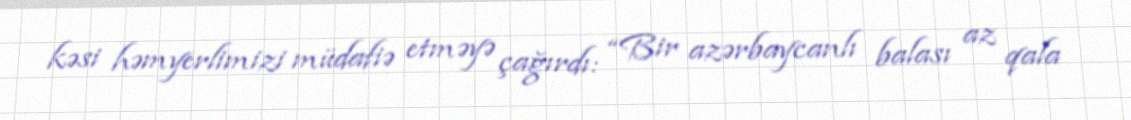
kəsi həmyerlimizi müdafiə etməyə çağırdı: “Bir azərbaycanlı balası az qala